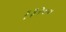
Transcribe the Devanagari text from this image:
१३२००